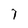
Character: 7